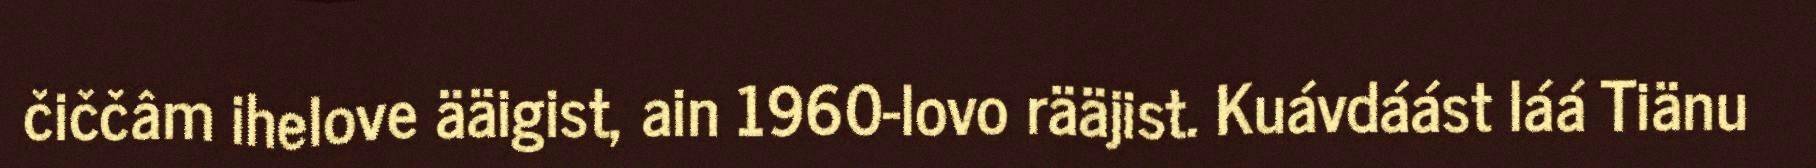
čiččâm ihelove ääigist, ain 1960-lovo rääjist. Kuávdáást láá Tiänu